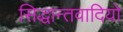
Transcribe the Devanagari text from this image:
सिद्धान्तवादियो